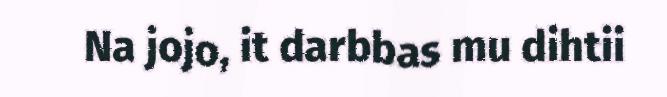
Na jojo, it darbbas mu dihtii